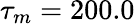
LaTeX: \tau_{m}=200.0